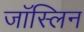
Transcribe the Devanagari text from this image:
जॉस्लिन